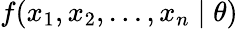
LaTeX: f(x_{1},x_{2},\ldots,x_{n}\mid\theta)